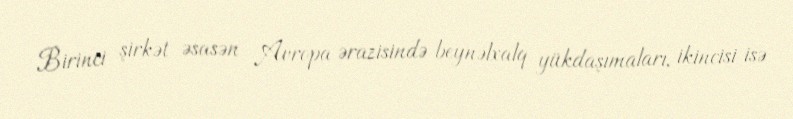
Birinci şirkət əsasən Avropa ərazisində beynəlxalq yükdaşımaları, ikincisi isə